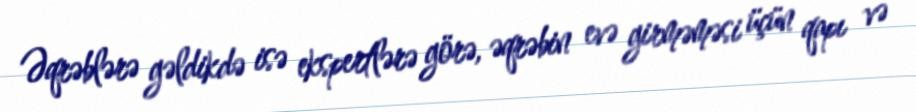
Əqrəblərə gəldikdə isə ekspertlərə görə, əqrəbin evə girməməsi üçün qapı və